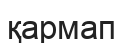
қармап